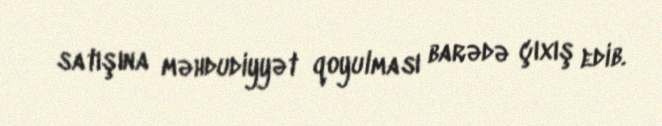
satışına məhdudiyyət qoyulması barədə çıxış edib.